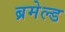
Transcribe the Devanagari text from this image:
ब्रमेल्ड